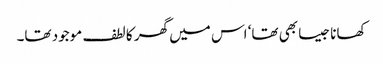
کھانا جیسا بھی تھا‘ اس میں گھر کا لطف موجود تھا۔